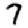
Digit: 7